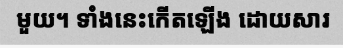
មួយ។ ទាំងនេះកើតឡើង ដោយសារ